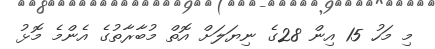
މި މަހު 15 އިން 28ގެ ނިޔަލަށް އޮތް މުބާރާތުގެ އެންމެ މޮޅު